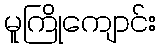
မူကြိုကျောင်း